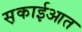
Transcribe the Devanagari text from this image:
स़काईआत